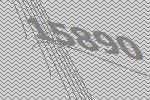
15890